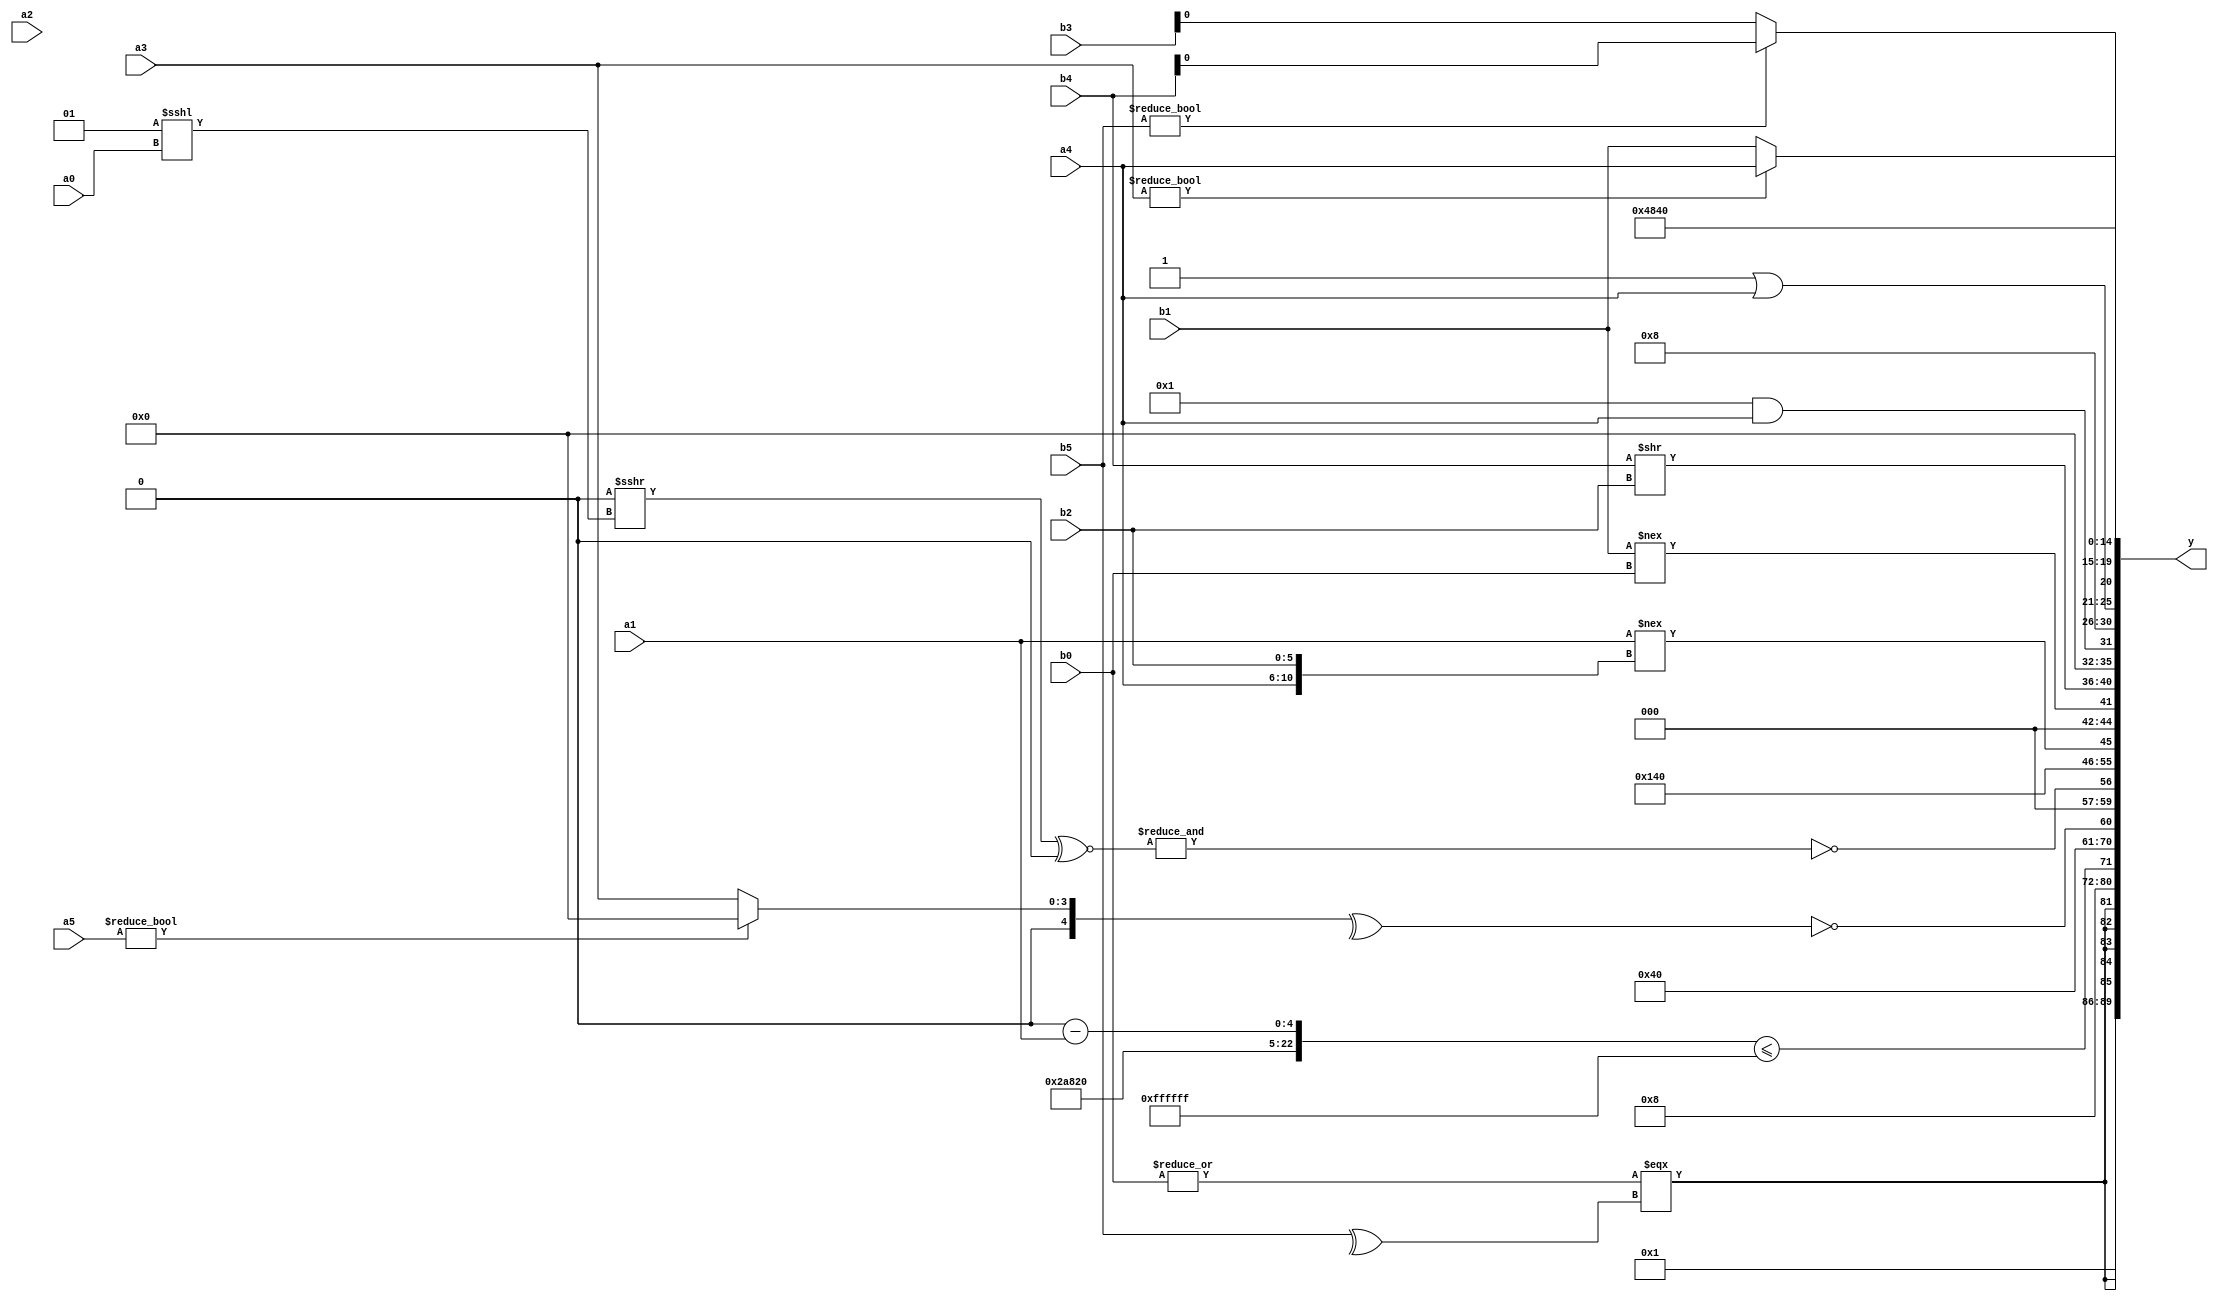
module expression_00691(a0, a1, a2, a3, a4, a5, b0, b1, b2, b3, b4, b5, y);
  input [3:0] a0;
  input [4:0] a1;
  input [5:0] a2;
  input signed [3:0] a3;
  input signed [4:0] a4;
  input signed [5:0] a5;

  input [3:0] b0;
  input [4:0] b1;
  input [5:0] b2;
  input signed [3:0] b3;
  input signed [4:0] b4;
  input signed [5:0] b5;

  wire [3:0] y0;
  wire [4:0] y1;
  wire [5:0] y2;
  wire signed [3:0] y3;
  wire signed [4:0] y4;
  wire signed [5:0] y5;
  wire [3:0] y6;
  wire [4:0] y7;
  wire [5:0] y8;
  wire signed [3:0] y9;
  wire signed [4:0] y10;
  wire signed [5:0] y11;
  wire [3:0] y12;
  wire [4:0] y13;
  wire [5:0] y14;
  wire signed [3:0] y15;
  wire signed [4:0] y16;
  wire signed [5:0] y17;

  output [89:0] y;
  assign y = {y0,y1,y2,y3,y4,y5,y6,y7,y8,y9,y10,y11,y12,y13,y14,y15,y16,y17};

  localparam [3:0] p0 = ((3'sd3)?(4'sd5):(-4'sd0));
  localparam [4:0] p1 = ((-2'sd1)/(-5'sd10));
  localparam [5:0] p2 = {4{(-5'sd11)}};
  localparam signed [3:0] p3 = (!(4'd2 * ((3'd0)/(2'd3))));
  localparam signed [4:0] p4 = ((((4'sd2)/(-5'sd12))/(5'd31))<<(~(|((^(-3'sd1))!=((5'd27)*(2'd1))))));
  localparam signed [5:0] p5 = (|(~(3'd1)));
  localparam [3:0] p6 = ((5'd2 * ((4'd14)+(2'd3)))+(+((2'sd1)^~((-5'sd5)+(5'sd2)))));
  localparam [4:0] p7 = (({((5'd19)<=(5'd26))}!=={(5'd21),(-3'sd3)})+{((-2'sd1)<=(5'd3)),(-(4'sd4)),{(2'd1),(4'sd7),(2'sd0)}});
  localparam [5:0] p8 = {{{{{(-2'sd0),(5'd29)}},(2'sd1)}}};
  localparam signed [3:0] p9 = (((2'sd0)?(-5'sd9):(-2'sd0))?((3'd4)?(2'd0):(2'sd0)):((3'sd2)?(3'd5):(3'sd0)));
  localparam signed [4:0] p10 = (3'd1);
  localparam signed [5:0] p11 = ({1{((4'd0)?(3'd1):(3'd3))}}?((5'd30)-(-5'sd7)):((4'd1)>=(5'sd8)));
  localparam [3:0] p12 = ((5'd11)<(-3'sd2));
  localparam [4:0] p13 = (!(3'sd0));
  localparam [5:0] p14 = ((5'sd7)>>(-3'sd0));
  localparam signed [3:0] p15 = {(5'd16),(5'sd0),(3'sd2)};
  localparam signed [4:0] p16 = (!(4'd3));
  localparam signed [5:0] p17 = (((-2'sd1)===(3'd0))!==(&(&(3'sd1))));

  assign y0 = (2'd1);
  assign y1 = $signed(((((|b0)===(^b5)))>>>(~|((p11^~p1)/p3))));
  assign y2 = (4'd1);
  assign y3 = ({{p9,p0},{p5,p1},((p1-a1))}<=(-4'sd1));
  assign y4 = (((p7?p7:p4)>=(p13!=p2))<<({(p5^p2)}||(p0?p7:p11)));
  assign y5 = (~^(^{(+(a5?p1:a3))}));
  assign y6 = (~&(((&p0)>>>(p10<<<a0))^~((p0>>p2)<<$unsigned(p7))));
  assign y7 = {{(-5'sd11)},(~(|{(^a0),{b3,p14},{1{a1}}}))};
  assign y8 = ((+a1)!=={a4,b2});
  assign y9 = ((p9<<p3)?(b1!==b0):{p15});
  assign y10 = {4{(b4>>b2)}};
  assign y11 = {(+(p5&&a4)),((p17==p10)&&{3{p13}})};
  assign y12 = {{((b5&b1)>>(5'sd4))},{{{p12,p17,p17},(4'd8)}}};
  assign y13 = {{(a1+p4)},((p5||p6)|{a4})};
  assign y14 = {(-5'sd9),{(b5?b4:b3)},(a3?a4:b1)};
  assign y15 = (~{(!(^p1)),{(^p13)},{(^p17)}});
  assign y16 = (2'd1);
  assign y17 = ((b0==p7)>={1{p3}});
endmodule